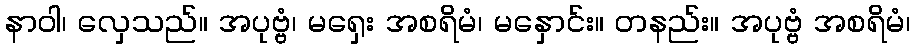
နာဝါ၊ လှေသည်။ အပုဗ္ဗံ၊ မရှေး အစရိမံ၊ မနှောင်း။ တနည်း။ အပုဗ္ဗံ အစရိမံ၊